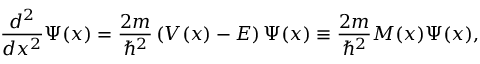
{ \frac { d ^ { 2 } } { d x ^ { 2 } } } \Psi ( x ) = { \frac { 2 m } { \hbar ^ { 2 } } } \left( V ( x ) - E \right) \Psi ( x ) \equiv { \frac { 2 m } { \hbar ^ { 2 } } } M ( x ) \Psi ( x ) ,